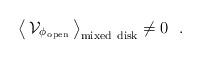
LaTeX: \begin{align*}\big\langle\,{\cal V}_{\phi_{\rm \,open}}\,\big\rangle_{\rm mixed~disk}\not= 0~~.\end{align*}